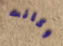
وكانت